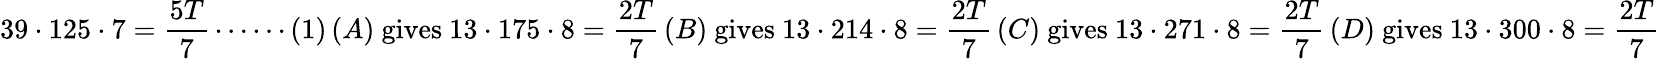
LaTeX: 39\cdot 125\cdot 7=\frac{5T}{7}\cdots\cdots(1)\, (A)\mathrm{~gives~}13\cdot 175\cdot 8=\frac{2T}{7}\, (B)\mathrm{~gives~}13\cdot 214\cdot 8=\frac{2T}{7}\, (C)\mathrm{~gives~}13\cdot 271\cdot 8=\frac{2T}{7}\, (D)\mathrm{~gives~}13\cdot 300\cdot 8=\frac{2T}{7}